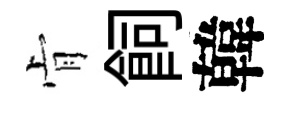
肻飼韓